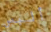
ألبس